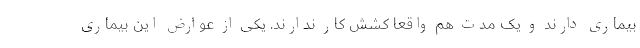
بیماری دارند و یک مدت هم واقعا کشش کار ندارند. یکی از عوارض این بیماری